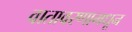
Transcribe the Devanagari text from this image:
वातावरणामधून